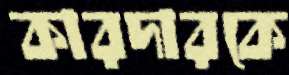
কারদারকে